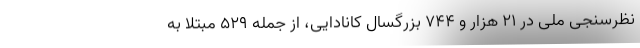
نظرسنجی ملی در ۲۱ هزار و ۷۴۴ بزرگسال کانادایی، از جمله ۵۲۹ مبتلا به